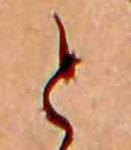
と